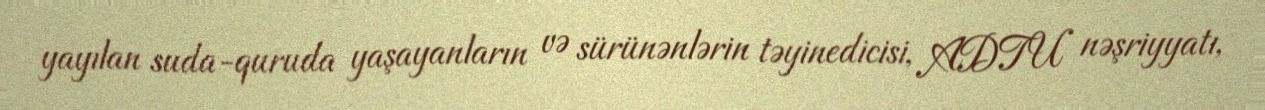
yayılan suda-quruda yaşayanların və sürünənlərin təyinedicisi, ADTU nəşriyyatı,